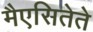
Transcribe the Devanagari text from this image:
मैएसितेते